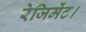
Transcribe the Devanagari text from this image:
रेजिमेंट।